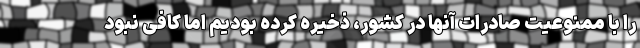
را با ممنوعیت صادرات آنها در کشور، ذخیره کرده بودیم اما کافی نبود